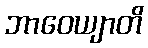
ဘာဝေယျာတိ